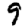
Digit: 9